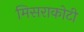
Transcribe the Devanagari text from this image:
मिसराकोटी